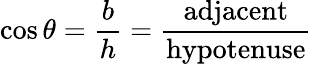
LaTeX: \cos\theta={\frac{b}{h}}={\frac{\mathrm{adjacent}}{\mathrm{hypotenuse}}}